Statistical return of the lunatic asylum in Assam - 1912-1932
Year: 1912
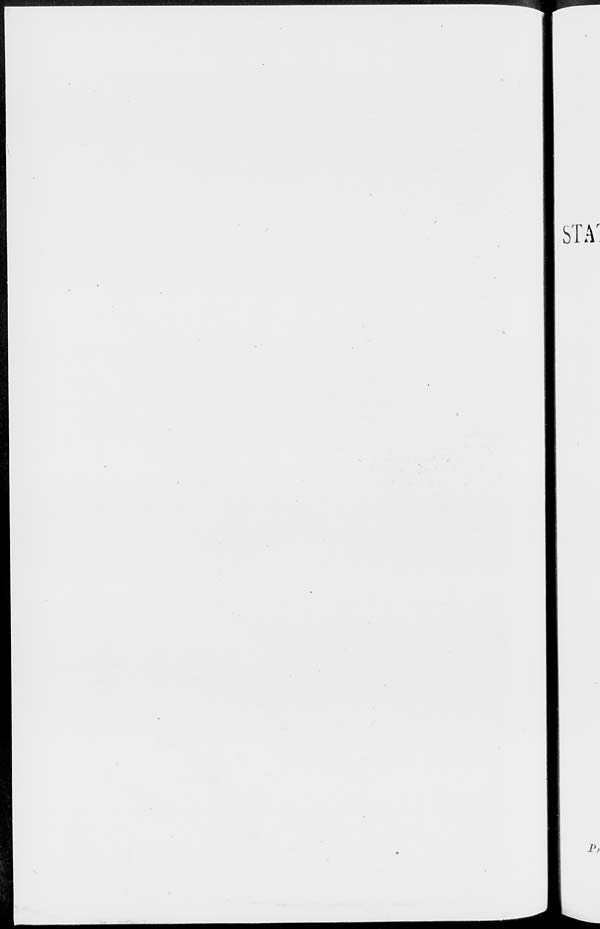
rn i r
STA
V>